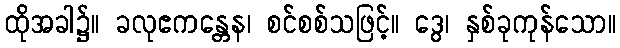
ထိုအခါ၌။ ခလုဧကန္တေန၊ စင်စစ်သဖြင့်။ ဒွေ၊ နှစ်ခုကုန်သော။